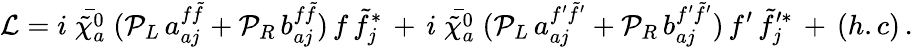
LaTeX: {\cal L}=i\; {\bar{{\tilde{\chi}}_{a}^{0}}}\; ({\cal P}_{L}\, a_{aj}^{{f}{\tilde{f}}}+{\cal P}_{R}\, b_{aj}^{{f}{\tilde{f}}})\, {f}\, {\tilde{f}}_{j}^{*}\, +\, i\; {\bar{{\tilde{\chi}}_{a}^{0}}}\; ({\cal P}_{L}\, a_{aj}^{{f^{\prime}}{\tilde{f}}^{\prime}}+{\cal P}_{R}\, b_{aj}^{{f^{\prime}}{\tilde{f}}^{\prime}})\, {f^{\prime}}\, {\tilde{f}}_{j}^{\prime*}\, +\, (h.c)\, .